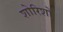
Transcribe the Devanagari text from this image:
शोरिशों